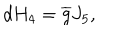
d H _ { 4 } = \overline { { { g } } } J _ { 5 } ,